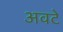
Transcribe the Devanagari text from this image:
अवटे